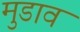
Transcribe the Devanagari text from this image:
मुडाव